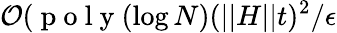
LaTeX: \mathcal{O}(\mathrm{~p~o~l~y~}(\log N)(\vert\vert H\vert\vert t)^{2}/\epsilon